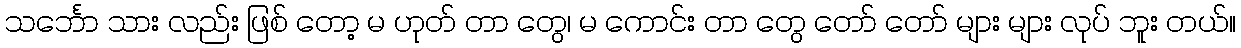
သင်္ဘော သား လည်း ဖြစ် တော့ မ ဟုတ် တာ တွေ၊ မ ကောင်း တာ တွေ တော် တော် များ များ လုပ် ဘူး တယ်။